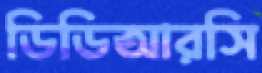
ডিডিআরসি